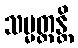
သမ္မတ္တန္တိ